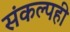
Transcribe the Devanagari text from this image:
संकल्पही